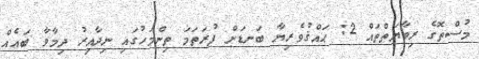
މުސްތޮގެ ރިވާޔަތްތައް 2: ޙައްޤުވެރިޔާ ބަނޑަށް ފުރަތަމަ ތިންމަހުގައި ނިދާއިރު ދިމާވާ ބައެއް